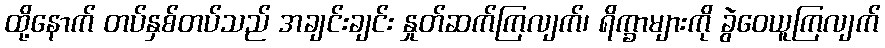
ထို့နောက် တပ်နှစ်တပ်သည် အချင်းချင်း နှုတ်ဆက်ကြလျက်၊ ရိက္ခာများကို ခွဲဝေယူကြလျက်